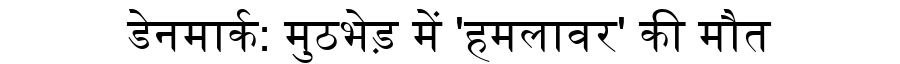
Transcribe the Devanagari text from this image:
डेनमार्क: मुठभेड़ में 'हमलावर' की मौत